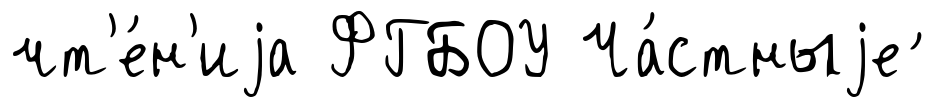
чт'е́н'иjа ФГБОУ Ча́стныjе ́